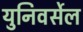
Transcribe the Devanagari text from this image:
युनिवर्सेल